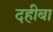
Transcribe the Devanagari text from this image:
दहीबा